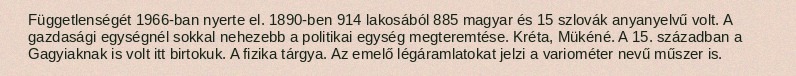
Függetlenségét 1966-ban nyerte el. 1890-ben 914 lakosából 885 magyar és 15 szlovák anyanyelvű volt. A gazdasági egységnél sokkal nehezebb a politikai egység megteremtése. Kréta, Mükéné. A 15. században a Gagyiaknak is volt itt birtokuk. A fizika tárgya. Az emelő légáramlatokat jelzi a variométer nevű műszer is.